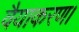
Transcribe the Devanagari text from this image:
वैयाकरण।